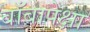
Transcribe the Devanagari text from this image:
बाँबापेक्षा